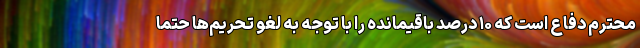
محترم دفاع است که ۱۰ درصد باقیمانده را با توجه به لغو تحریم‌ها حتماً